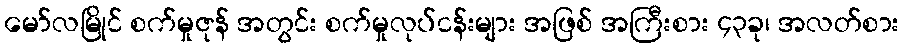
မော်လမြိုင် စက်မှုဇုန် အတွင်း စက်မှုလုပ်ငန်းများ အဖြစ် အကြီးစား ၄၃ခု၊ အလတ်စား